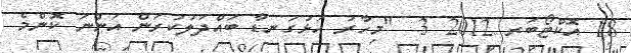
18 އޮކްޓޯބަރ 2012 3  "މިހާރު އަޅުގަނޑާ ބައްދަލުކުރަން އަންނަ ކޮންމެ